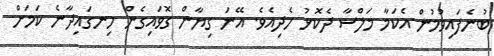
ބުނެފައިވުމުން އެކަމާ މަލްސާ ދެކޮޅު ހެދިއެވެ. އޭނަ ގިޔާން ގޮވައިގެން ހިނގައިދާނެ ކަމަށް